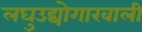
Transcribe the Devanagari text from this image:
लघुउद्योगाखाली